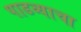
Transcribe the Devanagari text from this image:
पाडव्याचा